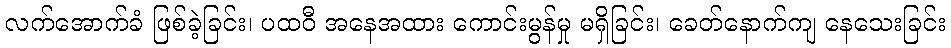
လက်အောက်ခံ ဖြစ်ခဲ့ခြင်း၊ ပထဝီ အနေအထား ကောင်းမွန်မှု မရှိခြင်း၊ ခေတ်နောက်ကျ နေသေးခြင်း